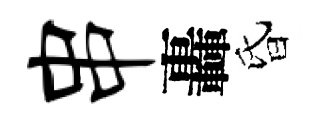
串轟昏